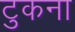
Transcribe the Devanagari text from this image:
टुकना